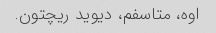
اوه، متاسفم، دیوید ریچتون.